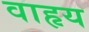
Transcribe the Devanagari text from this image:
वाहृय